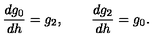
\frac { d g _ { 0 } } { d h } = g _ { 2 } , \qquad \frac { d g _ { 2 } } { d h } = g _ { 0 } .